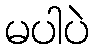
မပါပဲ